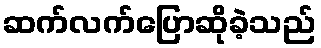
ဆက်လက်ပြောဆိုခဲ့သည်